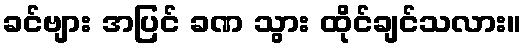
ခင်ဗျား အပြင် ခဏ သွား ထိုင်ချင်သလား။